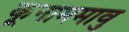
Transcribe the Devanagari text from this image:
कूनाममावु